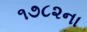
૧૭૮૨ના